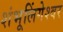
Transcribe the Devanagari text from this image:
शंभूलिंगेश्‍वर